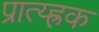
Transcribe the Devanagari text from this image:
प्रात्य्ह्रक